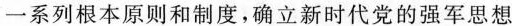
一系列根本原则和制度，确立新时代党的强军思想